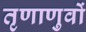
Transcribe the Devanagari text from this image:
तृणाणुवों